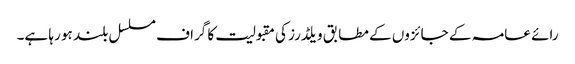
رائے عامہ کے جائزوں کے مطابق ویلڈرز کی مقبولیت کا گراف مسلسل بلند ہو رہا ہے۔